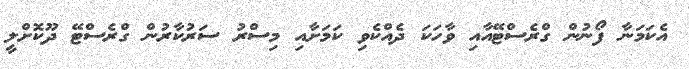
އެކަމަނާ ފޯނުން ގްރެސްޓޭއާއި ވާހަކަ ދެއްކެވި ކަމަށާއި މިސްރު ސަރުކާރުން ގްރެސްޓޭ ދޫކޮށްލީ